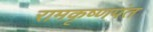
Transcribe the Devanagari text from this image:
रामकृष्णपंत